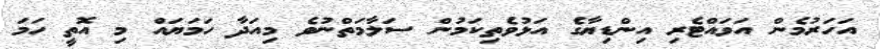
އަހަރުމެން އަވައްޓެރި އިންޑިޔާގެ އަޅުވެތިކަމުން ސަލާމަތްނުވެ މިއަދާ ހަަމަޔައް މި އޮތީ ހަމަ